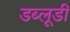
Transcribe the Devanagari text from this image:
डब्लूडी